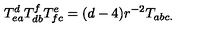
T _ { e a } ^ { d } T _ { d b } ^ { f } T _ { f c } ^ { e } = ( d - 4 ) r ^ { - 2 } T _ { a b c . }